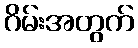
ဂိမ်းအတွက်